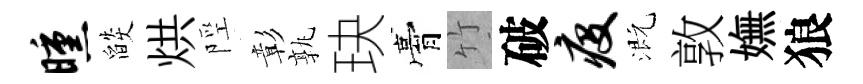
曛燄烘陘彰孰玦膏竹破疫溉敦嫵狼